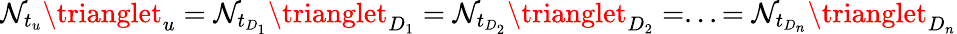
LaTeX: \mathcal{N}_{t_{u}}\trianglet_{u}=\mathcal{N}_{t_{D_{1}}}\trianglet_{D_{1}}=\mathcal{N}_{t_{D_{2}}}\trianglet_{D_{2}}=...=\mathcal{N}_{t_{D_{n}}}\trianglet_{D_{n}}